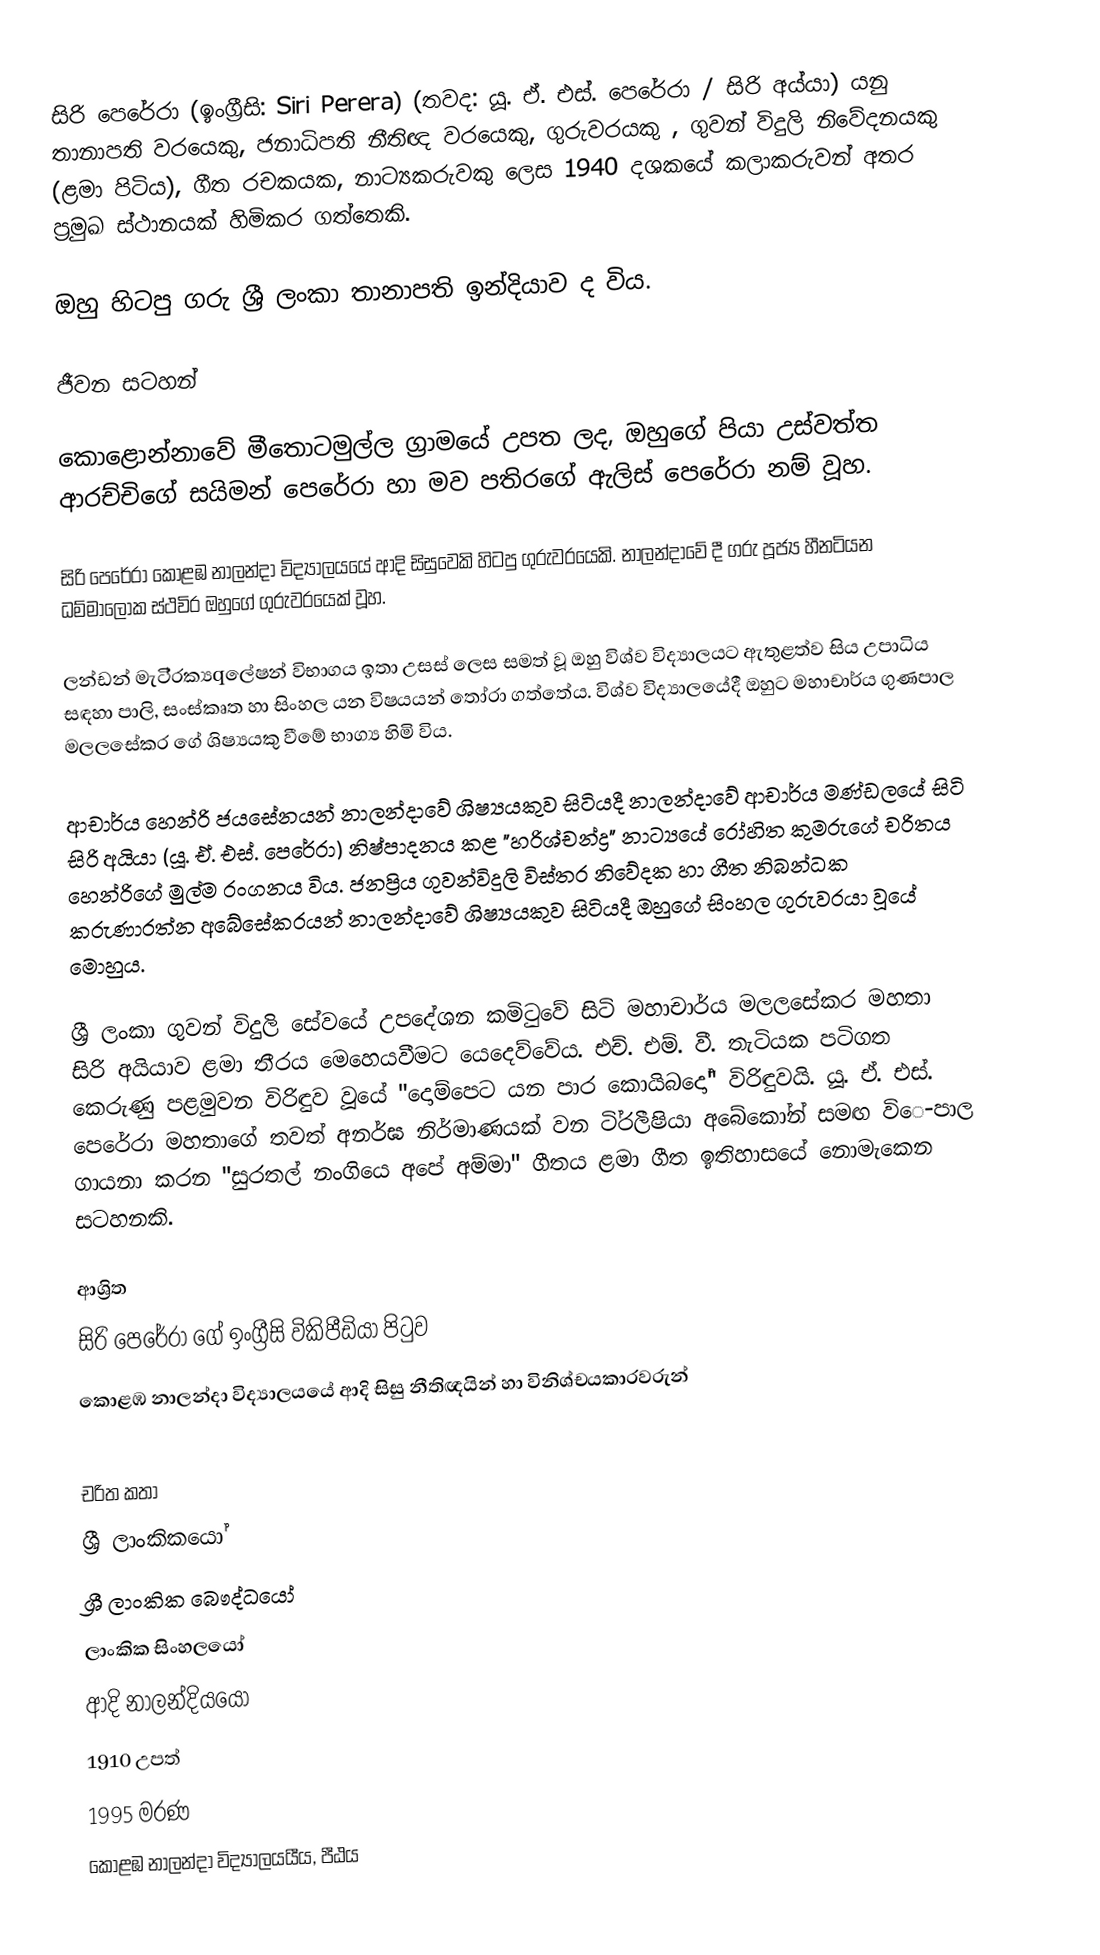
සිරි පෙරේරා (ඉංග්‍රීසි: Siri Perera) (තවද: යූ. ඒ. එස්‌. පෙරේරා / සිරි අය්යා) යනු  තානාපති වරයෙකු, ජනාධිපති නීතිඥ වරයෙකු, ගුරුවරයකු , ගුවන් විදුලි නිවේදනයකු (ළමා පිටිය), ගීත රචකයක, නාට්‍යකරුවකු ලෙස 1940 දශකයේ කලාකරුවන් අතර ප්‍රමුඛ ස්‌ථානයක්‌ හිමිකර ගත්තෙකි.

ඔහු හිටපු ගරු ශ්‍රී ලංකා තානාපති ඉන්දියාව ද විය.

ජීවන සටහන්

කොළොන්නාවේ මීතොටමුල්ල ග්‍රාමයේ උපත ලද, ඔහුගේ පියා උස්‌වත්ත ආරච්චිගේ සයිමන් පෙරේරා හා මව පතිරගේ ඇලිස්‌ පෙරේරා නම් වූහ.

සිරි පෙරේරා  කොළඹ නාලන්දා විද්‍යාලයයේ ආදි සිසුවෙකි හිටපු ගුරුවරයෙකි.  නාලන්දාවේ දී ගරු පූජ්‍ය හීනටියන ධම්මාලෝක ස්‌ථවිර ඔහුගේ ගුරුවරයෙක් වූහ.

ලන්ඩන් මැටි්‍රක්‍යqලේෂන් විභාගය ඉතා උසස්‌ ලෙස සමත් වූ ඔහු විශ්ව විද්‍යාලයට ඇතුළත්ව සිය උපාධිය සඳහා පාලි, සංස්‌කෘත හා සිංහල යන විෂයයන් තෝරා ගත්තේය. විශ්ව විද්‍යාලයේදී ඔහුට මහාචාර්ය ගුණපාල මලලසේකර ගේ ශිෂ්‍යයකු වීමේ භාග්‍ය හිමි විය.

ආචාර්ය හෙන්රි ජයසේනයන් නාලන්දාවේ ශිෂ්‍යයකුව සිටියදී නාලන්දාවේ ආචාර්ය මණ්‌ඩලයේ සිටි සිරි අයියා (යූ. ඒ. එස්‌. පෙරේරා) නිෂ්පාදනය කළ "හරිශ්චන්ද්‍ර" නාට්‍යයේ රෝහිත කුමරුගේ චරිතය හෙන්රිගේ මුල්ම රංගනය විය. ජනප්‍රිය ගුවන්විදුලි විස්තර නිවේදක හා ගීත නිබන්ධක කරුණාරත්න අබේසේකරයන් නාලන්දාවේ ශිෂ්‍යයකුව සිටියදී ඔහුගේ සිංහල ගුරුවරයා වූයේ මොහුය.

ශ්‍රී ලංකා ගුවන් විදුලි සේවයේ උපදේශන කමිටුවේ සිටි මහාචාර්ය මලලසේකර මහතා සිරි අයියාව ළමා තීරය මෙහෙයවීමට යෙදෙව්වේය. එච්. එම්. වී. තැටියක පටිගත කෙරුණු පළමුවන විරිඳුව වූයේ "දොම්පෙට යන පාර කොයිබදෝ" විරිඳුවයි. යූ. ඒ. එස්‌. පෙරේරා මහතාගේ තවත් අනර්ඝ නිර්මාණයක්‌ වන ටි්‍රලීෂියා අබේකෝන් සමඟ විෙ-පාල ගායනා කරන "සුරතල් නංගියෙ අපේ අම්මා" ගීතය ළමා ගීත ඉතිහාසයේ නොමැකෙන සටහනකි.

ආශ්‍රිත
  සිරි පෙරේරා ගේ ඉංග්‍රීසි විකිපීඩියා පිටුව
 කොළඹ නාලන්දා විද්‍යාලයයේ ආදි සිසු නීතිඥයින් හා විනිශ්චයකාරවරුන්

චරිත කතා
ශ්‍රී ලාංකිකයෝ
ශ්‍රී ලාංකික බෞද්ධයෝ
ලාංකික සිංහලයෝ
ආදි නාලන්දියයෝ
1910 උපත්
1995 මරණ
කොළඹ නාලන්දා විද්‍යාලයයීය, පීඨය